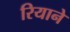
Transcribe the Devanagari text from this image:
रियाने